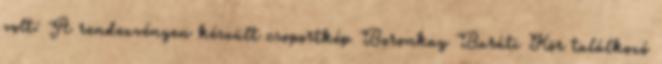
volt: A rendezvényen készült csoportkép Boronkay Baráti Kör találkozó